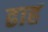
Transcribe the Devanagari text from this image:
ढाह